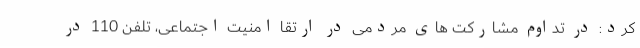
کرد:‌ در تداوم مشارکت های مردمی در ارتقا امنیت اجتماعی، تلفن 110 در